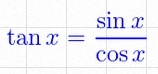
\tan x=\frac{\sin x}{\cos x}